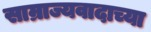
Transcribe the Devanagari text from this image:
साम्राज्यवादाच्या